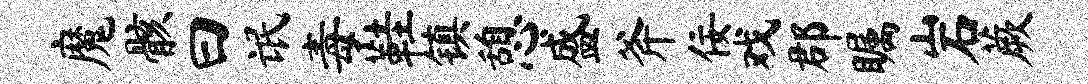
魔骸曰氓毒鞋镇憩盛斧佞戏郡瞩岩蕨